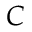
C